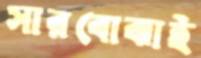
সারবোঝাই